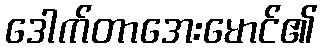
ဒေါက်တာအေးမောင်၏